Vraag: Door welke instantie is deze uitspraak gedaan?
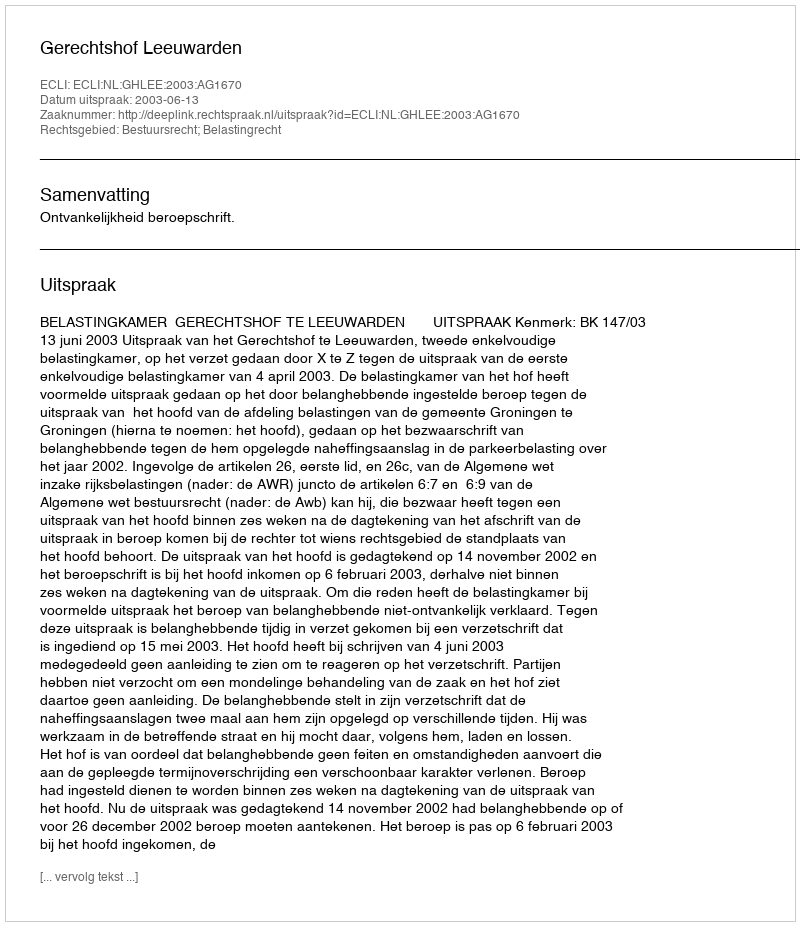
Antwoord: Gerechtshof Leeuwarden